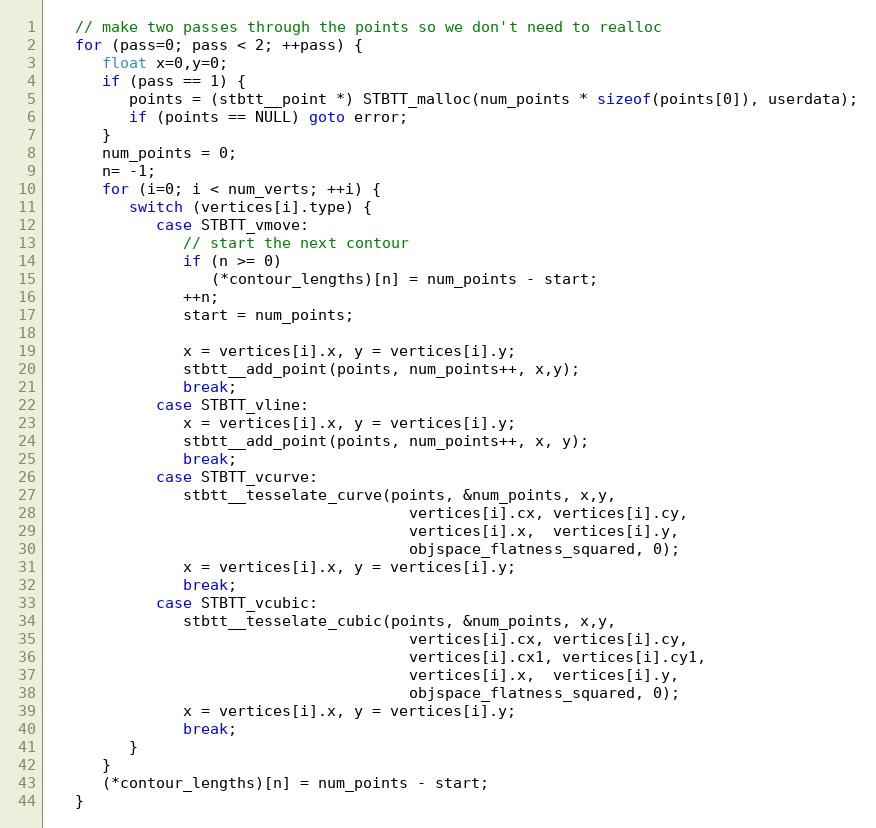
Language: C
   // make two passes through the points so we don't need to realloc
   for (pass=0; pass < 2; ++pass) {
      float x=0,y=0;
      if (pass == 1) {
         points = (stbtt__point *) STBTT_malloc(num_points * sizeof(points[0]), userdata);
         if (points == NULL) goto error;
      }
      num_points = 0;
      n= -1;
      for (i=0; i < num_verts; ++i) {
         switch (vertices[i].type) {
            case STBTT_vmove:
               // start the next contour
               if (n >= 0)
                  (*contour_lengths)[n] = num_points - start;
               ++n;
               start = num_points;

               x = vertices[i].x, y = vertices[i].y;
               stbtt__add_point(points, num_points++, x,y);
               break;
            case STBTT_vline:
               x = vertices[i].x, y = vertices[i].y;
               stbtt__add_point(points, num_points++, x, y);
               break;
            case STBTT_vcurve:
               stbtt__tesselate_curve(points, &num_points, x,y,
                                        vertices[i].cx, vertices[i].cy,
                                        vertices[i].x,  vertices[i].y,
                                        objspace_flatness_squared, 0);
               x = vertices[i].x, y = vertices[i].y;
               break;
            case STBTT_vcubic:
               stbtt__tesselate_cubic(points, &num_points, x,y,
                                        vertices[i].cx, vertices[i].cy,
                                        vertices[i].cx1, vertices[i].cy1,
                                        vertices[i].x,  vertices[i].y,
                                        objspace_flatness_squared, 0);
               x = vertices[i].x, y = vertices[i].y;
               break;
         }
      }
      (*contour_lengths)[n] = num_points - start;
   }